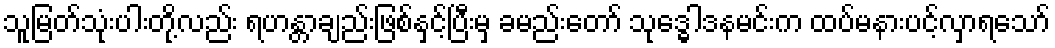
သူမြတ်သုံးပါးတို့လည်း ရဟန္တာချည်းဖြစ်နှင့်ပြီးမှ ခမည်းတော် သုဒ္ဓေါဒနမင်းက ထပ်မနားပင့်လှာရသော်